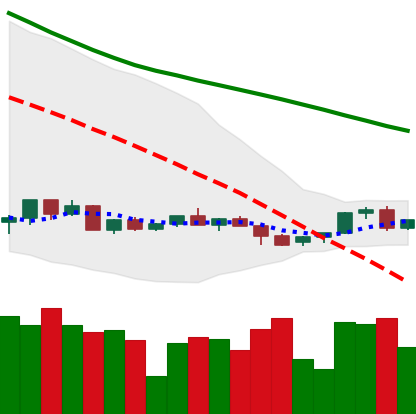
Ticker: LINK-USD
Chart end date: 2022-06-02
Forward return: 21.261%
Label: up_7plus